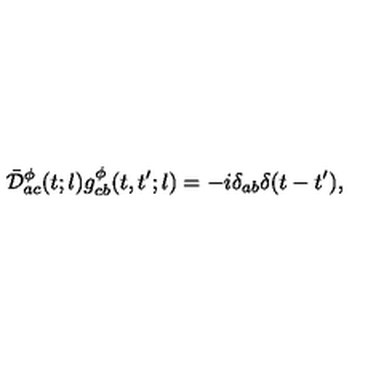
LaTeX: \bar { \cal D } _ { a c } ^ { \phi } ( t ; l ) g _ { c b } ^ { \phi } ( t , t ^ { \prime } ; l ) = - i \delta _ { a b } \delta ( t - t ^ { \prime } ) ,